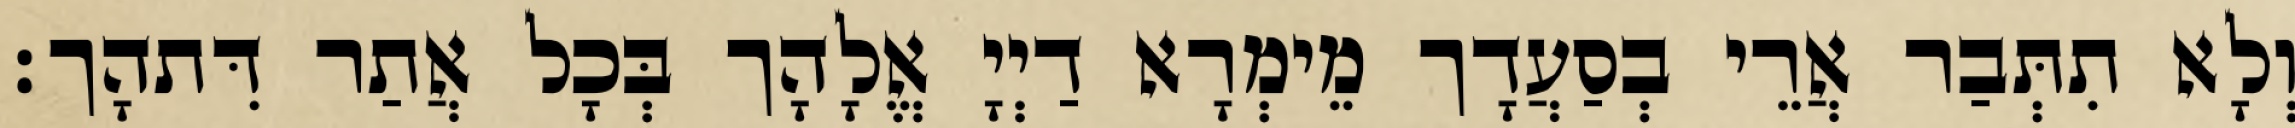
וְלָא תִתְּבַר אֲרֵי בְסַעֲדָך מֵימְרָא דַיְיָ אֱלָהָך בְּכָל אֲתַר דִּתהָך׃